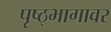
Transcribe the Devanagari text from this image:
पृष्ठ्भागावर